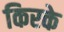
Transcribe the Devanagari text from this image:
किरके